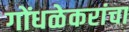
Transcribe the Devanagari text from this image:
गोंधळेकरांचा